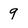
Character: 9